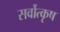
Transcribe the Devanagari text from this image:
सर्वोत्कृष